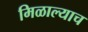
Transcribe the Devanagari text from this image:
मिळाल्याच